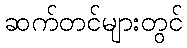
ဆက်တင်များတွင်